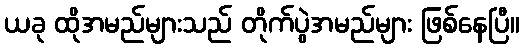
ယခု ထိုအမည်များသည် တိုက်ပွဲအမည်များ ဖြစ်နေပြီ။